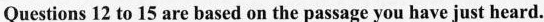
Questions 12 to 15 are based on the passage you have just heard.